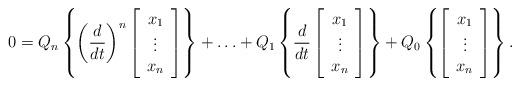
LaTeX: \begin{align*}0=Q_n\left\{\left(\frac{d}{dt}\right)^n\left[\begin{array}{c} x_1\\ \vdots\\ x_n\end{array}\right]\right\}+\ldots+Q_1\left\{\frac{d}{dt}\left[\begin{array}{c} x_1\\ \vdots\\ x_n\end{array}\right]\right\}+Q_0\left\{\left[\begin{array}{c} x_1\\ \vdots\\ x_n\end{array}\right]\right\}.\end{align*}